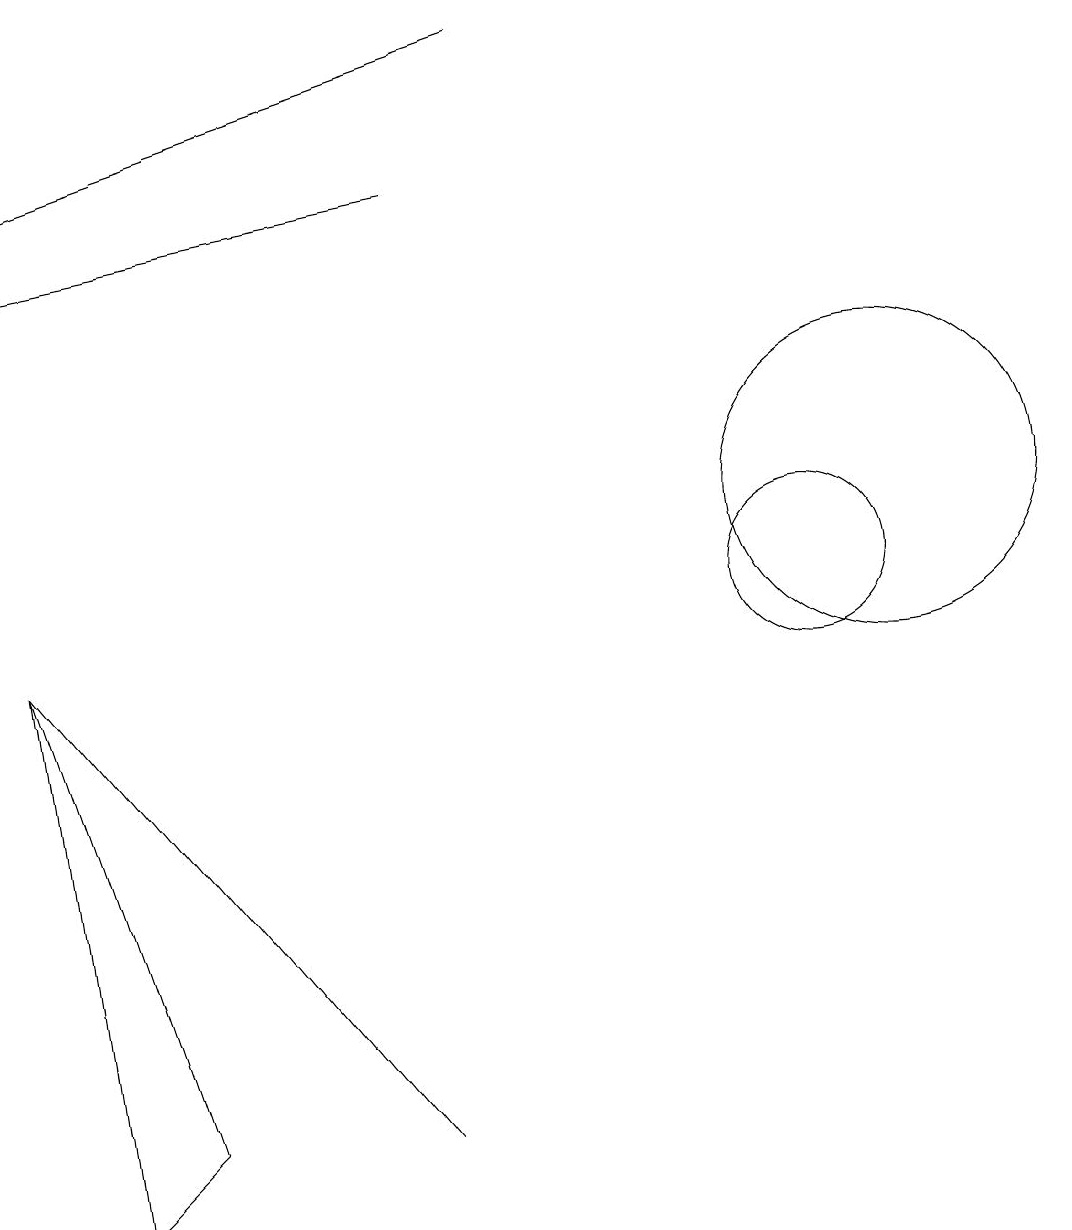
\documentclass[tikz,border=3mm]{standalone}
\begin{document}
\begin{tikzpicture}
\draw[->] (6,15) -- (1,14);
\draw[->] (7,17) -- (1,15);
\draw (1,9) -- (6,3) -- (6,3) -- cycle;
\draw (2,2) -- (1,9) -- (3,3) -- cycle;
\draw (11,10) circle (1);
\draw (12,11) circle (2);
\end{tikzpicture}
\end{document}